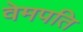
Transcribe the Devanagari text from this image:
वेमपति